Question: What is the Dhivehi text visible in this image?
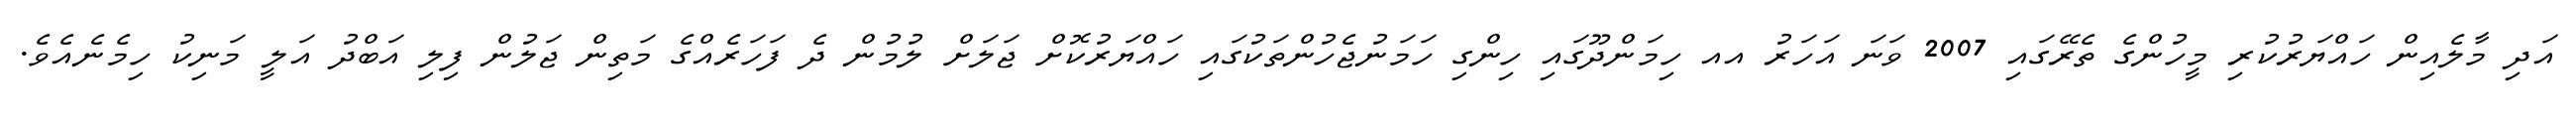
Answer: އަދި މާލެއިން ހައްޔަރުކުރި މީހުންގެ ތެރޭގައި 2007 ވަނަ އަހަރު އއ ހިމަންދޫގައި ހިންގި ހަމަނުޖެހުންތަކުގައި ހައްޔަރުކޮށް ޖަލަށް ލުމުން ދެ ފަހަރެއްގެ މަތިން ޖަލުން ފިލި އަބްދު އަލީ މަނިކު ހިމެނެއެވެ.